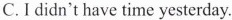
C. I didn't have time yesterday.